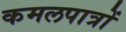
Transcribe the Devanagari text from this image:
कमलपात्रों